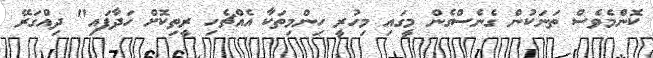
ކޮންމެވެސް ތަނަކުން ގެނެސްގެން މީގައި މިހުރީ ހިންމިތަކާ އެއްޗެހި ރީތިކޮށް ހަދާފައި" ދިއްގަރޭ